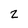
Character: 2